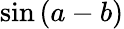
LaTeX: \sin\left(a-b\right)